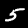
Digit: 5